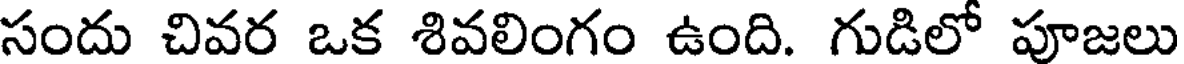
సందు చివర ఒక శివలింగం ఉంది. గుడిలో పూజలు